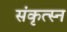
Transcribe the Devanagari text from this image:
संकृत्स्न